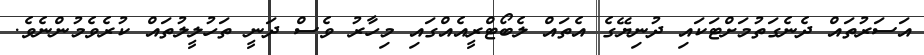
އަސަރުތައް ދެނެގަތުމަށްޓަކައި ދުނިޔޭގެ އެތައް ލެބޯޓްރީއެއްގައި މިހާރު ވެސް ދަނީ ތަހުލީލުތައް ކުރެވެމުންނެވެ.